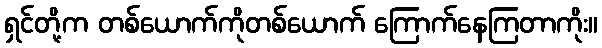
ရှင်တို့က တစ်ယောက်ကိုတစ်ယောက် ကြောက်နေကြတာကိုး။